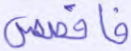
فاقصص